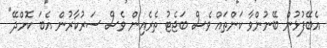
އެބޭފުޅުން ބޭނުންވާ ކަންތައް ވެސް ބަޖެޓު ތެރެއިން ވެސް ސަރުކާރުން އެބަ ކޮށްދޭ"